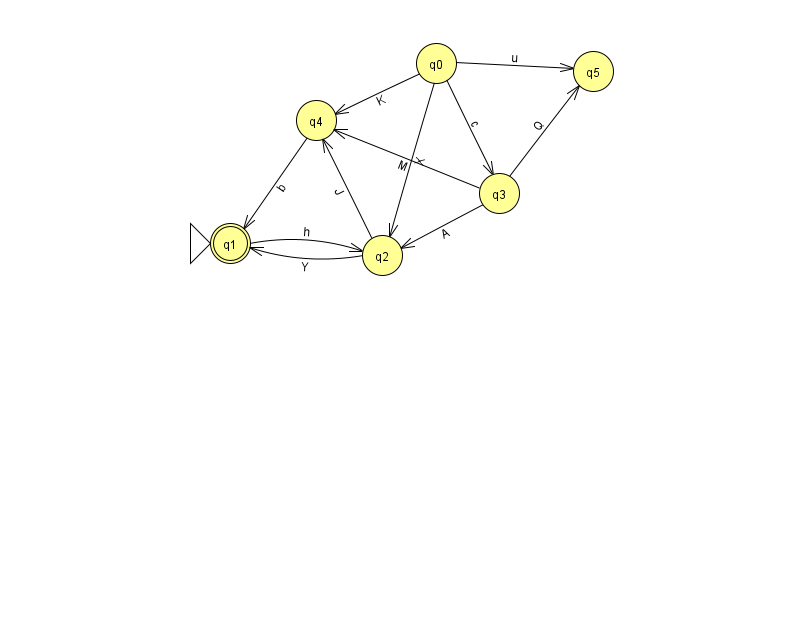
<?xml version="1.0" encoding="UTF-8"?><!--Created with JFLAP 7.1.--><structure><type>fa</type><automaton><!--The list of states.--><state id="0" name="q0"><x>436.0</x><y>50.0</y></state><state id="1" name="q1"><x>230.0</x><y>230.0</y><initial/><final/></state><state id="2" name="q2"><x>382.0</x><y>242.0</y></state><state id="3" name="q3"><x>499.0</x><y>180.0</y></state><state id="4" name="q4"><x>316.0</x><y>107.0</y></state><state id="5" name="q5"><x>593.0</x><y>58.0</y></state><!--The list of transitions.--><transition><from>0</from><to>4</to><read>K</read></transition><transition><from>2</from><to>4</to><read>J</read></transition><transition><from>3</from><to>2</to><read>A</read></transition><transition><from>3</from><to>4</to><read>M</read></transition><transition><from>0</from><to>3</to><read>c</read></transition><transition><from>1</from><to>2</to><read>h</read></transition><transition><from>2</from><to>1</to><read>Y</read></transition><transition><from>0</from><to>2</to><read>X</read></transition><transition><from>0</from><to>5</to><read>u</read></transition><transition><from>3</from><to>5</to><read>Q</read></transition><transition><from>4</from><to>1</to><read>b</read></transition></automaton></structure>